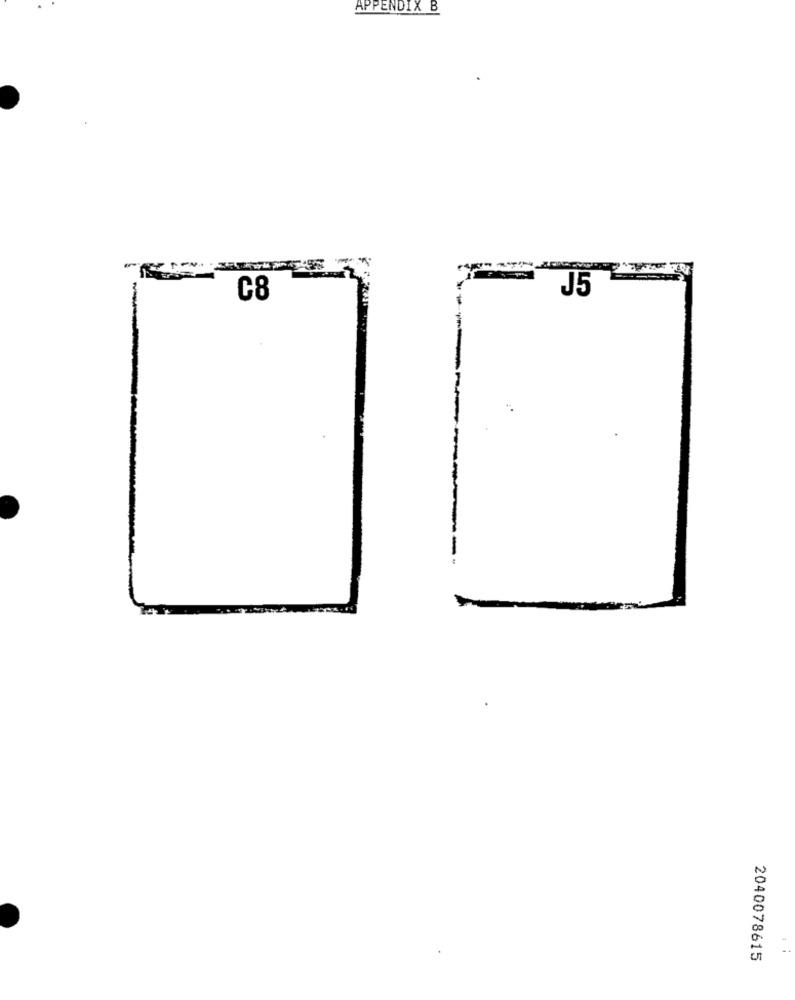
APPENDIX B
-
J5
C8
2040078615